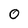
Character: 0